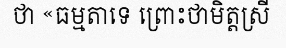
ថា «ធម្មតាទេ ព្រោះថាមិត្តស្រី